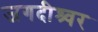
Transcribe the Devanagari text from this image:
जगदीश्र्वर